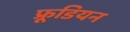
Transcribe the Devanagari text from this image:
फ्रूडियन